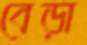
বেড়া